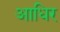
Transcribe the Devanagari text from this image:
आधिर